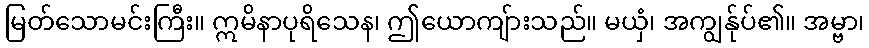
မြတ်သောမင်းကြီး။ ဣမိနာပုရိသေန၊ ဤယောကျ်ားသည်။ မယှံ၊ အကျွန်ုပ်၏။ အမ္ဗာ၊